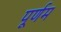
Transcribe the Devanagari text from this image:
पूर्णम